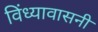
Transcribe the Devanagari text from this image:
विंध्यावासनी